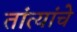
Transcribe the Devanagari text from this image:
तांत्यांचे